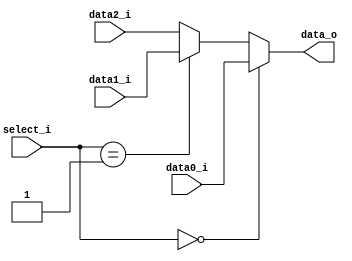
/***************************************************
Student Name:   (Lab5)
Student ID: 0816032 0816102
***************************************************/

`timescale 1ns/1ps

module MUX_3to1(
	input   	[32-1:0] data0_i,       
	input   	[32-1:0] data1_i,
	input   	[32-1:0] data2_i,
	input       [ 2-1:0] select_i,
	output wire [32-1:0] data_o
);

	assign data_o = (select_i == 0) ? data0_i : (
					((select_i == 1) ? data1_i : 
					data2_i));

endmodule